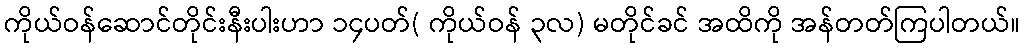
ကိုယ်ဝန်ဆောင်တိုင်းနီးပါးဟာ ၁၄ပတ်( ကိုယ်ဝန် ၃လ) မတိုင်ခင် အထိကို အန်တတ်ကြပါတယ်။